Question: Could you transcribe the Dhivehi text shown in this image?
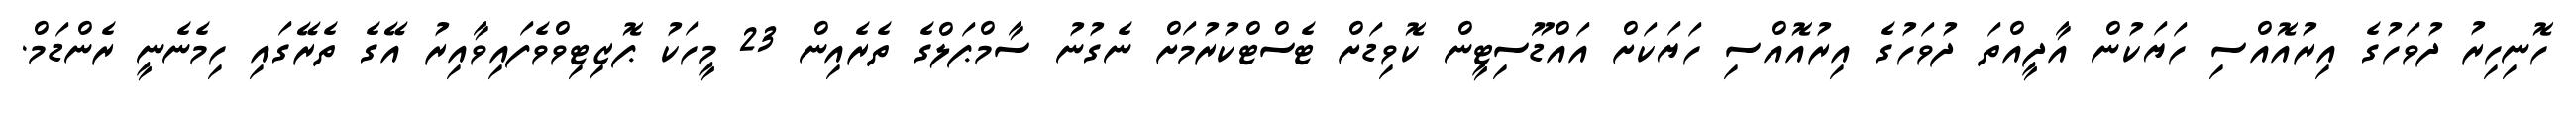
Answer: ހޮނިހިރު ދުވަހުގެ އިރުއޮއްސި ހަޔަކުން އާދީއްތަ ދުވަހުގެ އިރުއޮއްސި ހަޔަކަށް އައްޑޫސިޓީން ކޮވިޑަށް ޓެސްޓްކުރުމަށް ނެގުނު ސާމްޕަލްގެ ތެރެއިން 23 މީހަކު ޕޮޒިޓިވްވެފައިވާއިރު އޭގެ ތެރޭގައި ހިމެނެނީ ރެންޑަމް.